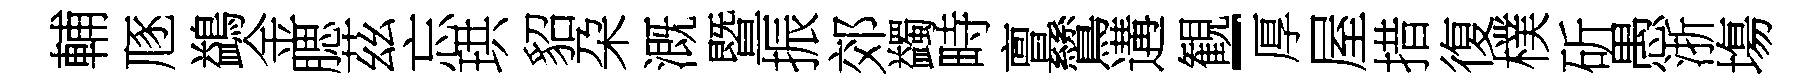
輔豗鷁金腮茲忘珙貂朶溉暨振郊蠲畤亶鷥遘観-厚屋措復樸斫愚浙塲